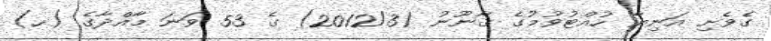
ގެވެށި އަނިޔާ ހުއްޓުވުމުގެ ޤާނޫނު (2012/3) ގެ 53 ވަނަ މާއްދާގެ (ހ)